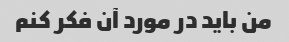
من باید در مورد آن فکر کنم